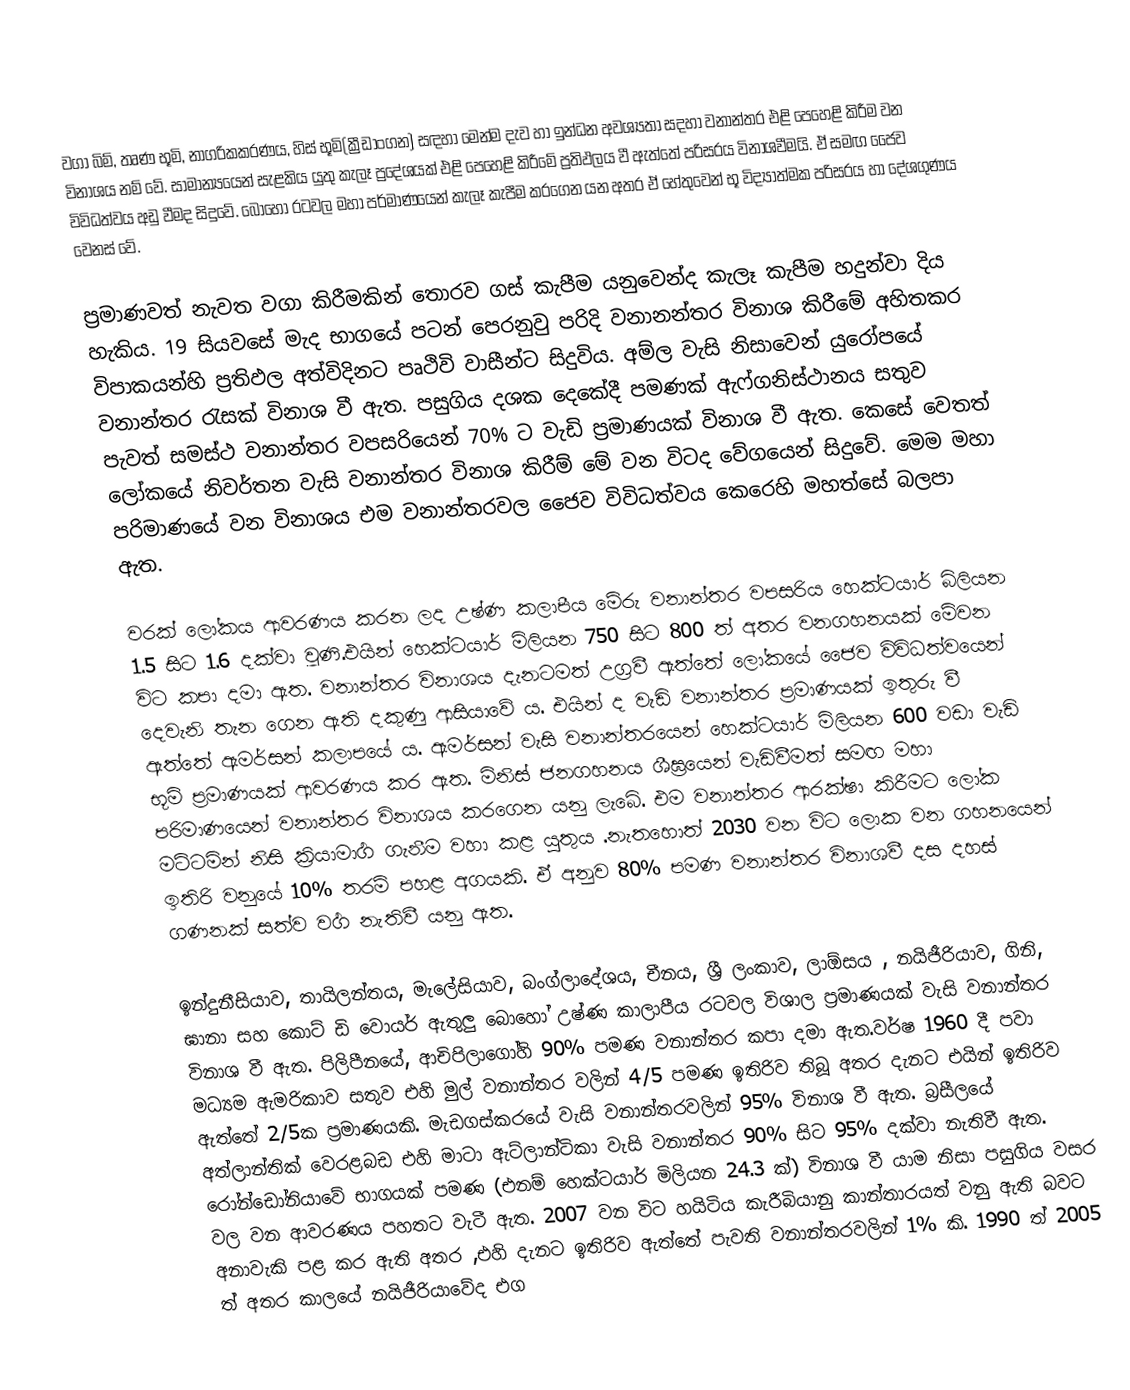
වගා බිම්, තෘණ භූමි, නාගරිකකරණය, හිස් භූමි(ක්‍රීඩාංගන) සඳහා මෙන්ම දැව හා ඉන්ධන අවශ්‍යතා සදහා වනාන්තර එළි පෙහෙළි කිරීම  වන විනාශය නම් වේ. සාමාන්‍යයෙන් සැළකිය යුතු කැලෑ ප්‍රදේශයක් එළි පෙහෙළි කිරීමේ ප්‍රතිඵලය වී ඇත්තේ පරිසරය විනාශවීමයි. ඒ සමඟ ජෛව විවිධත්වය අඩු වීමද සිදුවේ. බොහෝ රටවල මහා පර්මාණයෙන් කැලෑ කැපීම කරගෙන යන අතර ඒ හේතුවෙන් භූ විද්‍යාත්මක පරිසරය හා දේශගුණය වෙනස් වේ.

ප්‍රමාණවත් නැවත වගා කිරීමකින් තොරව ගස් කැපීම යනුවෙන්ද කැලෑ කැපීම හදුන්වා දිය හැකිය. 19 සියවසේ මැද භාගයේ පටන් පෙරනුවු පරිදි වනානන්තර විනාශ කිරීමේ අහිතකර විපාකයන්හි ප්‍රතිඵල අත්විදිනට පෘථිවි වාසීන්ට සිදුවිය. අම්ල වැසි නිසාවෙන් යුරෝපයේ වනාන්තර රැසක් විනාශ වී ඇත. පසුගිය දශක දෙකේදී පමණක් ඇෆ්ගනිස්ථානය සතුව පැවත් සමස්ථ වනාන්තර වපසරියෙන් 70% ට වැඩි ප්‍රමාණයක් විනාශ වී ඇත. කෙසේ වෙතත් ලෝකයේ නිවර්තන වැසි වනාන්තර විනාශ කිරීම් මේ වන විටද වේගයෙන් සිදුවේ. මෙම මහා පරිමාණයේ වන විනාශය එම වනාන්තරවල ජෛව විවිධත්වය කෙරෙහි මහත්සේ බලපා ඇත.

වරක් ලෝකය ආවරණය කරන ලද උෂ්ණ කලාපීය මේරු වනාන්තර වපසරිය හෙක්ටයාර්  බිලියන 1.5 සිට 1.6 දක්වා වූණි.එයින් හෙක්ටයාර් මිලියන 750 සිට  800 ත් අතර වනගහනයක් මේවන විට කපා දමා ඇත. වනාන්තර විනාශය දැනටමත් උග්‍රවී ඇත්තේ ලෝකයේ ජෛව විවිධත්වයෙන් දෙවැනි තැන ගෙන ඇති දකුණු ආසියාවේ ය. එයින් ද වැඩි වනාන්තර ප්‍රමාණයක් ඉතුරු වී ඇත්තේ ඇමර්සන් කලාපයේ ය. ඇමර්සන් වැසි වනාන්තරයෙන් හෙක්ටයාර් මිලියන 600 වඩා වැඩි භූමි ප්‍රමාණයක් ආවරණය කර ඇත. මිනිස් ජනගහනය ශීඝ්‍රයෙන් වැඩිවීමත් සමඟ මහා පරිමාණයෙන් වනාන්තර විනාශය කරගෙන යනු ලැබේ. එම වනාන්තර ආරක්ෂා කිරීමට ‍ලෝක මට්ටමින් නිසි  ක්‍රියාමාර්‍ග ගැනීම වහා කළ යුතුය .නැතහොත් 2030 වන විට ලොක වන ගහ‍නයෙන් ඉතිරි වනුයේ 10% තරම් පහළ අගයකි. ඒ අනුව 80% පමණ වනාන්තර විනාශවී දස දහස් ගණනක් සත්ව වර්‍ග නැතිවී යනු ඇත.

ඉන්දුනීසියාව, තායිලන්තය, මැලේසියාව, ‍බංග්ලාදේශය, චීනය, ශ්‍රී ලංකාව, ලාඕසය , නයිජීරියාව, ගිනි, ඝානා  සහ කොට් ඩි වොයර් ඇතුලු බොහෝ උෂ්ණ කාලාපීය රටවල විශාල ප්‍රමාණයක් වැසි වනාන්තර  විනාශ වී ඇත. පිලිපීනයේ, ආචිපිලාගෝහි 90% පමණ වනාන්තර කපා දමා ඇත.වර්ෂ 1960 දී පවා මධ්‍යම ඇමරිකාව සතුව එහි මුල් වනාන්තර වලින් 4/5 පමණ ඉතිරිව තිබූ අතර දැනට එයින් ඉතිරිව ඇත්තේ 2/5ක ප්‍රමාණයකි. මැඩගස්කරයේ වැසි වනාන්තරවලින් 95% විනාශ වී ඇත.  බ්‍රසීලයේ අත්ලාන්තික් වෙරළබඩ එහි මාටා ඇට්ලාන්ටිකා වැසි වනාන්තර 90% සිට 95%  දක්වා  නැතිවී ඇත. රෝන්ඩෝනියාවේ භාගයක් පමණ (එනම් හෙක්ටයාර්  මිලියන 24.3 ක්) විනාශ වී යාම නිසා පසුගිය වසර වල වන ආවරණය පහතට වැටී ඇත. 2007 වන විට හයිටිය කැරීබියානු කාන්තාරයත් වනු ඇති බවට අනාවැකි පළ කර ඇති අතර ,එහි දැනට ඉතිරිව ඇත්තේ පැවති වනාන්තරවලින් 1% කි. 1990 ත් 2005 ත් අතර  කාලයේ නයිජීරියාවේද එග